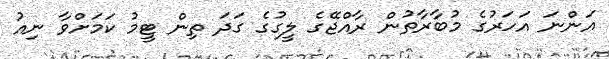
އަންނަ އަހަރުގެ މުބާރާތުން ރާއްޖޭގެ ލީގުގެ ގަދަ ތިން ޓީމު ކަމަށްވާ ނިއު